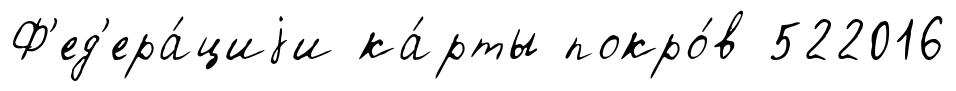
Ф'ед'ера́циjи ка́рты покро́в 522016